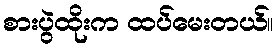
စားပွဲထိုးက ထပ်မေးတယ်။